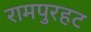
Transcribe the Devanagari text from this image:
रामपुरहट